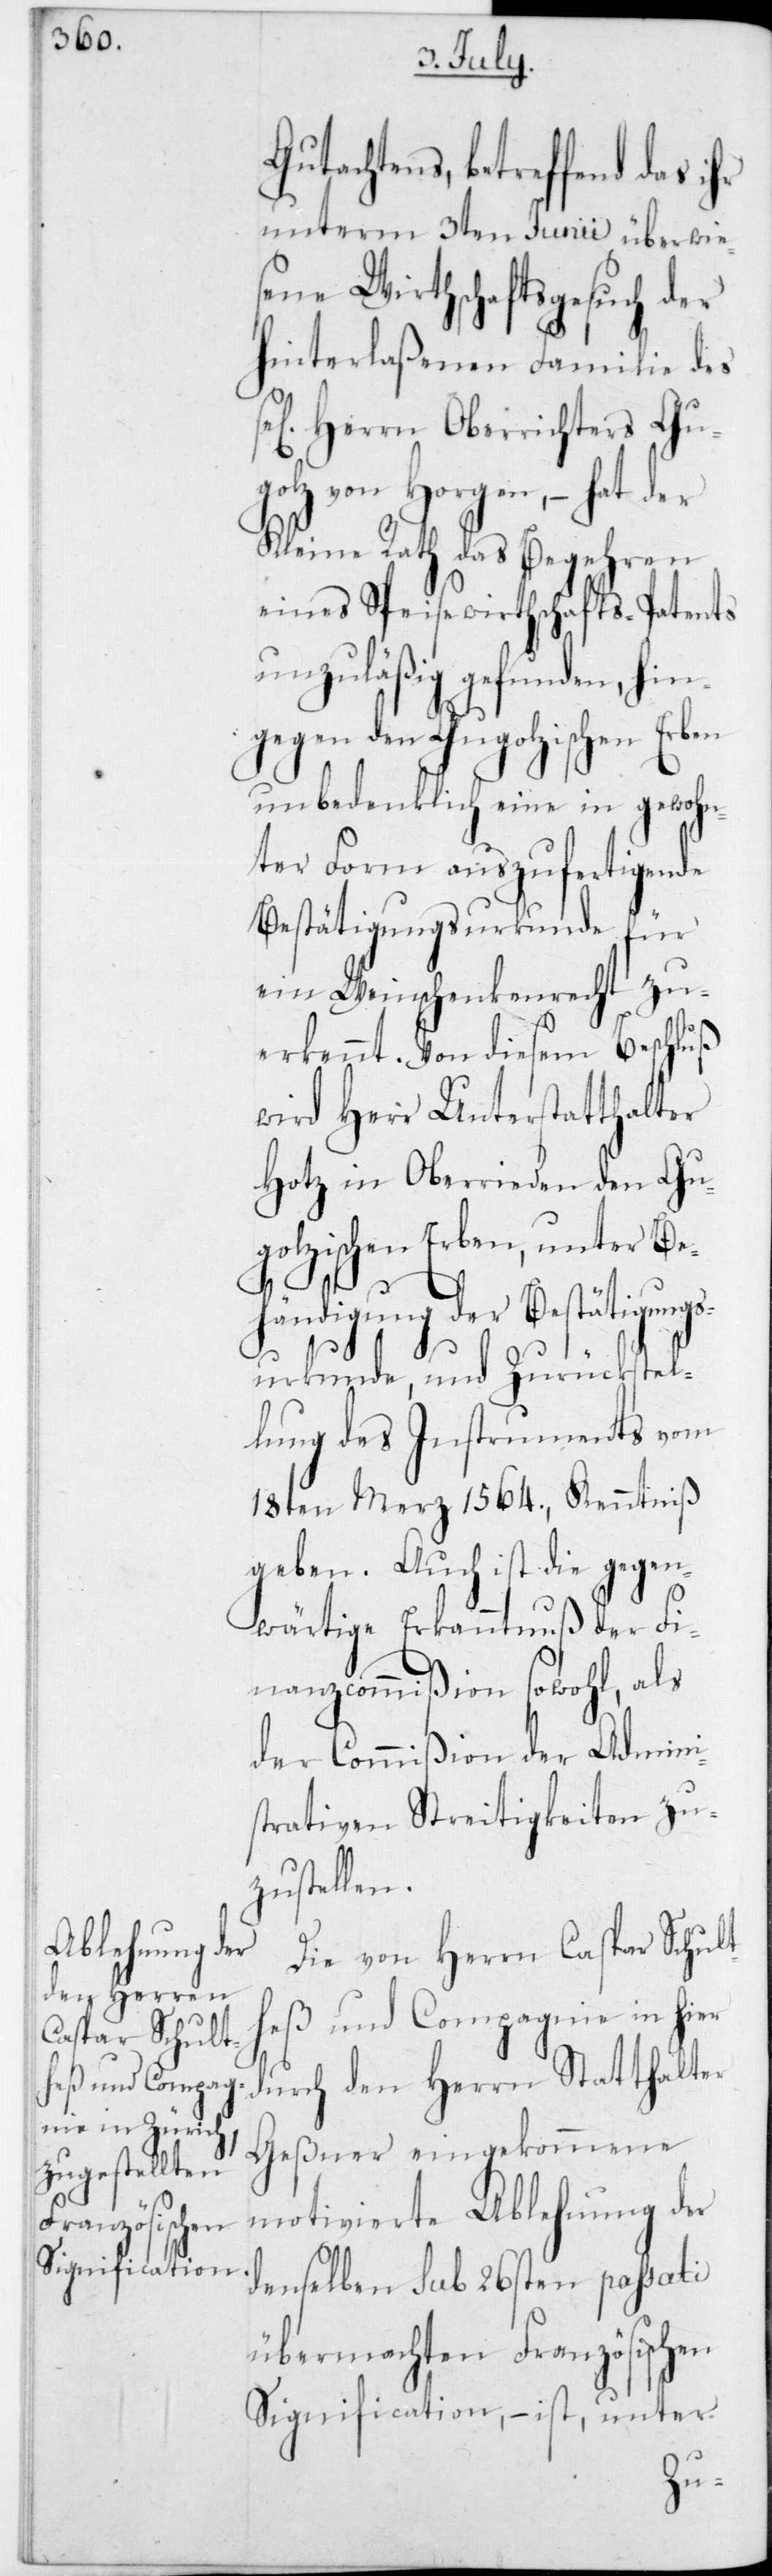
Gutachtens, betreffend das i¬
unterm 3ten Junii überwie¬
sene Wirthschaftsgesuch der
hinterlaßenen Familie des
sel. Herrn Oberrichters Gu¬
golz von Horgen, – hat der
Kleine Rath das Begehren
eines Speisewirthschafts-Patents
unzuläßig gefunden, hin¬
gegen den Gugolzischen Erben
unbedenklich eine in gewohn¬
ter Form auszufertigende
Bestätigungsurkunde für
ein Weinschenkenrecht zu¬
wird Herr Unterstatthalter
Hotz in Oberrieden den Gu¬
golzischen Erben, unter Beh¬
ändigung der Bestätig¬
ungsurkunde und Zurückstel¬
lung des Instruments vom
18ten Merz 1564, Kenntniß
geben. Auch ist die gegen¬
wärtige Erkanntnuß der Fi¬
nanzcommißion sowohl, als
der Commißion der Admini¬
strativen Streitigkeiten zu¬
zustellen.
Die von Herrn Caspar Schult¬
eß und Compagnie in hier
durch den Herrn Statthalter
Geßner eingekommene
motivierte Ablehnung der
denselben sub 26sten passati
übermachten Französischen
Signification, – ist, unter
h¬